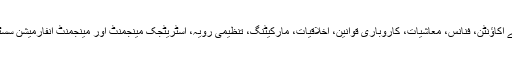
بزنس ایڈمنسٹریشن میں بیچلر ڈگری سے اکاؤنٹن، فنانس، معاشیات، کاروباری قوانین، اخلاقیات، مارکیٹنگ، تنظیمی رویہ، اسٹریٹجک مینجمنٹ اور مینجمنٹ انفارمیشن سسٹم سے متعلق حقیقی علم حاصل ہوتا ہے۔